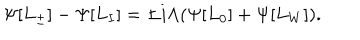
LaTeX: \Psi [ L _ { \pm } ] - \Psi [ L _ { I } ] = \pm i \Lambda ( \Psi [ L _ { 0 } ] + \Psi [ L _ { W } ] ) .